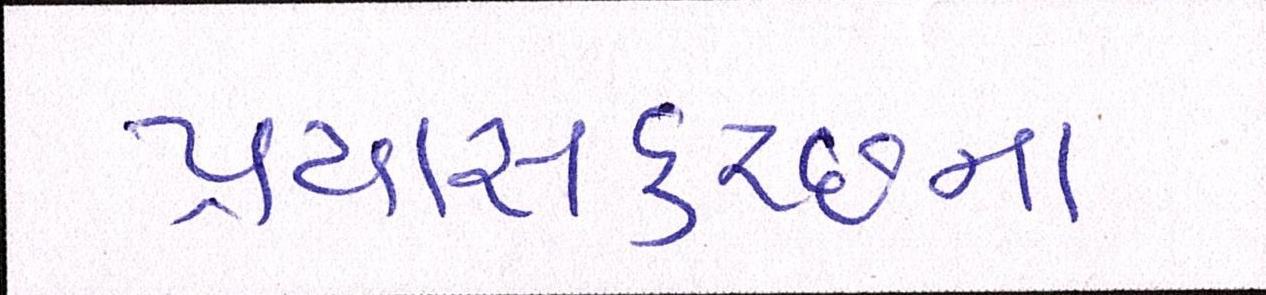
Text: પ્રયાસકચ્છના